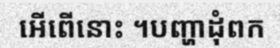
អើពើនោះ ។បញ្ហាដុំពក